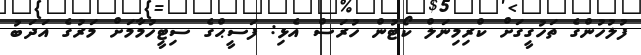
ފުލުހުންގެ ތަހުގީގަށް ކްރިމިނަލް ކޯޓުން ހުރަސް އެޅި: ފަސީޙްގެ ސިޓީހުމާމަށް މަރުގެ އަދަބު